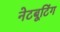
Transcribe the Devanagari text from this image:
नेटबूटिंग